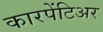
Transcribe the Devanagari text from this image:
कारपेंटिअर